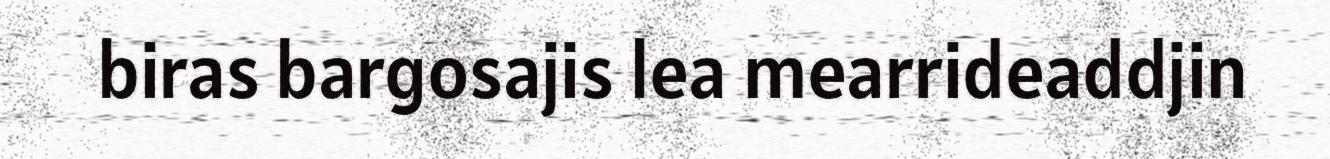
biras bargosajis lea mearrideaddjin